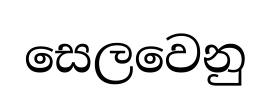
සෙලවෙනු